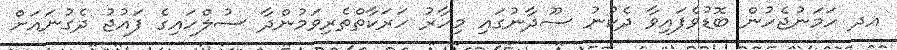
އދ ހަމަނުޖެހުން ބޮޑުވެފައިވާ ދެކުނު ސޫދާނުގައި މިހާރު ހަރަކާތްތެރިވަމުންދާ ސުލްހައިގެ ފައުޖު ދެގުނައަށް